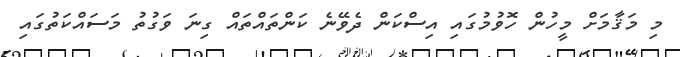
މި މަޤާމަށް މީހުން ހޮވުމުގައި އިސްކަން ދެވޭނެ ކަންތައްތައް ގިނަ ވަގުތު މަސައްކަތުގައި